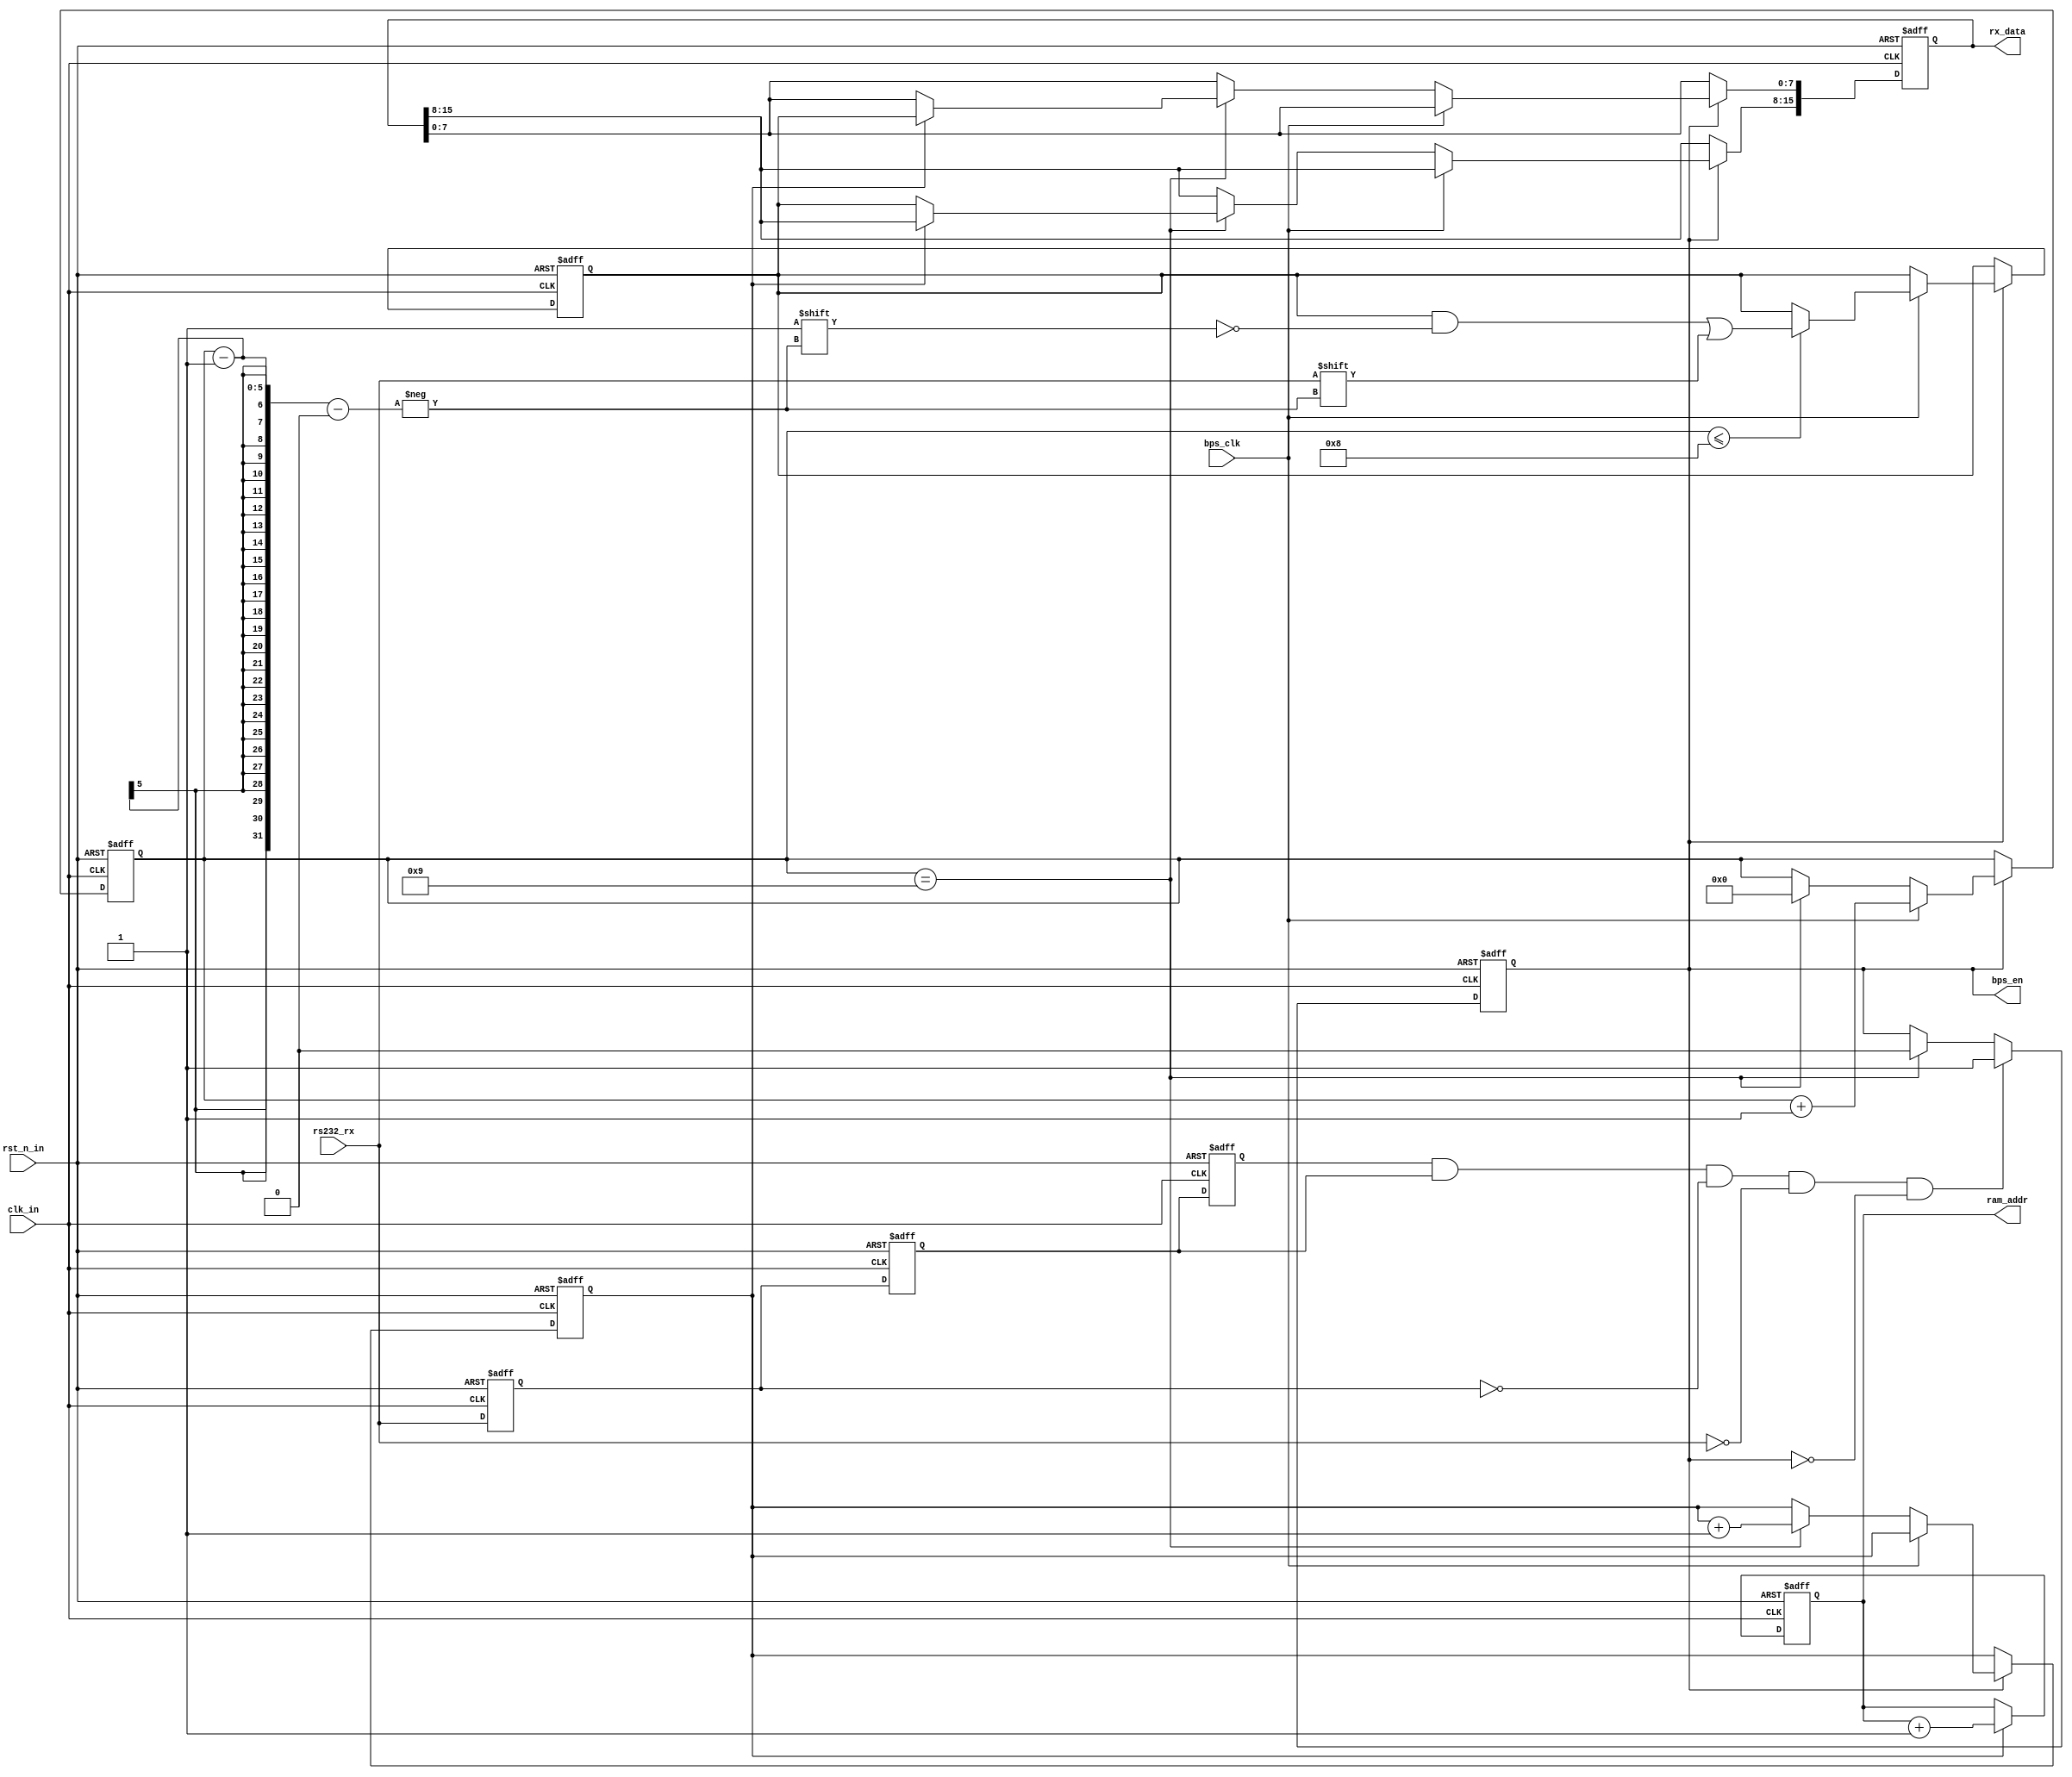
`timescale 1ns / 1ps
//////////////////////////////////////////////////////////////////////////////////
// Company: 
// Engineer: 
// 
// Design Name: 
// Module Name: Uart_Rx
// Project Name: 
// Target Devices: 
// Tool Versions: 
// Description: 
// 
// Dependencies: 
// 
// Revision:
// Revision 0.01 - File Created
// Additional Comments:
// 
//////////////////////////////////////////////////////////////////////////////////


module Uart_Rx
(
input					clk_in,			//
input					rst_n_in,		//
 
output	reg				bps_en,			//
input					bps_clk,		//
 
input					rs232_rx,		//UART
output	reg		[15:0]	rx_data,		//

output  reg		[18:0]	ram_addr
);	
 
reg	rs232_rx0,rs232_rx1,rs232_rx2;	
//
always @ (posedge clk_in or negedge rst_n_in) begin
	if(!rst_n_in) begin
		rs232_rx0 <= 1'b0;
		rs232_rx1 <= 1'b0;
		rs232_rx2 <= 1'b0;
	end else begin
		rs232_rx0 <= rs232_rx;
		rs232_rx1 <= rs232_rx0;
		rs232_rx2 <= rs232_rx1;
	end
end
 
//UART
wire	neg_rs232_rx = rs232_rx2 & rs232_rx1 & (~rs232_rx0) & (~rs232_rx);	
 
reg				[4:0]	num;			
//
always @ (posedge clk_in or negedge rst_n_in) begin
	if(!rst_n_in)
		bps_en <= 1'b0;
	else if(neg_rs232_rx && (!bps_en))	//bps_enUARTbps_en
		bps_en <= 1'b1;		
	else if(num== 5'd9)		      		//UART
		bps_en <= 1'b0;			
end
 
reg cnt;
reg				[7:0]	rx_data_r;
//
always @ (posedge clk_in or negedge rst_n_in) begin
	if(!rst_n_in) begin
		cnt <= 0;
		num <= 5'd0;
		rx_data <= 16'd0;
		rx_data_r <= 8'd0;
	end else if(bps_en) begin	
		if(bps_clk) begin		
			cnt <= cnt;
			num <= num+1'b1;
			if(num<=5'd8)
				rx_data_r[num-1]<=rs232_rx;	//8
		end else if(num == 5'd9) begin	//UART
			num <= 5'd0;	
			cnt <= cnt + 1;
			if(cnt==1)
				rx_data[7:0] <= rx_data_r;	
			else
				rx_data[15:8] <= rx_data_r;	
		end
	end
end

//
always@(posedge clk_in or negedge rst_n_in)
begin
	if(!rst_n_in) begin
		//is_one_pic_done <= 1'b0;
		ram_addr <= 19'b0;
		end
	else begin
		if(cnt == 1'b1) begin
			//is_one_pic_done <= 1'b0;
			ram_addr <= ram_addr + 1'b1;
		end
		else if(ram_addr >= 19'd269999) begin //
			//is_one_pic_done <= 1'b1;
			ram_addr <= ram_addr;
		end
		else begin
			ram_addr <= ram_addr;
			//is_one_pic_done <= is_one_pic_done;
		end
	end
end
 
endmodule